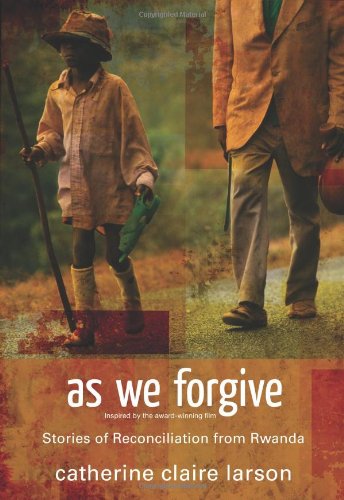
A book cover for As We Forgive: Stories of Reconciliation from Rwanda; Catherine Claire Larson; Biographies & Memoirs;